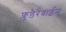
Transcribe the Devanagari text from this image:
फ्लूडैरेबाईन